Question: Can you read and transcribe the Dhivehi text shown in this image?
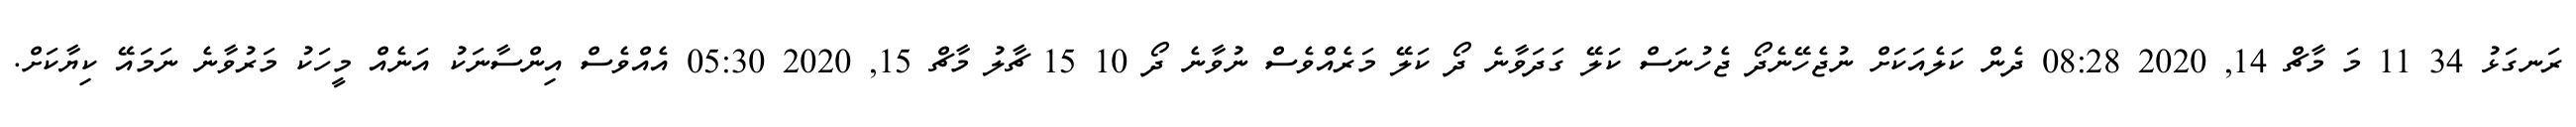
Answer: ރަނގަޅު 34 11 މަ މާޗް 14, 2020 08:28 ދެން ކަލެއަކަށް ނުޖެހޭނެދޯ ޖެހުނަސް ކަލޭ ގަދަވާނެ ދޯ ކަލޭ މަރެއްވެސް ނުވާނެ ދޯ 10 15 ޗާލު މާޗް 15, 2020 05:30 އެއްވެސް އިންސާނަކު އަނެއް މީހަކު މަރުވާނެ ނަމައޭ ކިޔާކަށް.